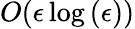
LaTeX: O(\epsilon\log{(\epsilon)})